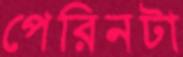
পেরিনটা